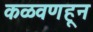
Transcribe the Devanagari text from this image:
कळवणहून